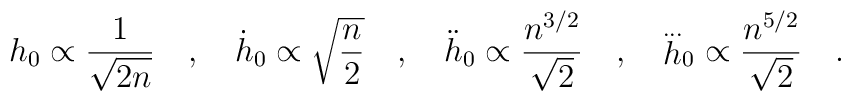
h_0 \propto \frac{1}{\sqrt{2n}} \quad , \quad \dot h_0 \propto\sqrt{\frac{n}{2}} \quad,\quad \ddot h_0 \propto \frac{n^{3/2}}{\sqrt{2}} \quad , \quad{\stackrel{...} h}_0\propto\frac{n^{5/2}}{\sqrt{2}} \quad .